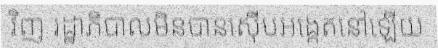
វិញ រដ្ឋាភិបាលមិនបានស៊ើបអង្កេតនៅឡើយ